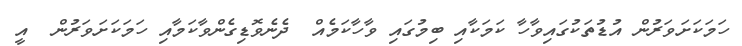
ހަމަކަށަވަރުން އުޑުތަކުގައިވާހާ ކަމަކާއި ބިމުގައި ވާހާކަމެއް  ދެނެވޮޑިގެންވާކަމާއި ހަމަކަށަވަރުން  އީ